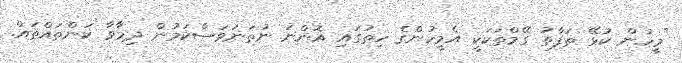
"މީހުން ކުޅޭ ތަފާތު ގޭމްތަކަކީ އެމީހުންގެ ހިތުގައި އޮންނަ ނުތަނަވަސްކަމުން ދިމާވާ ކަންތައްތައް.